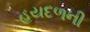
હયદળની